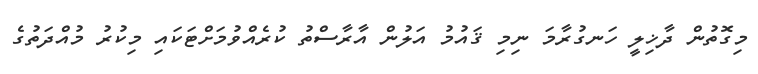
މިގޮތުން ދާޚިލީ ހަނގުރާމަ ނިމި ޤައުމު އަލުން އާރާސްތު ކުރެއްވުމަށްޓަކައި މިކުރު މުއްދަތުގެ